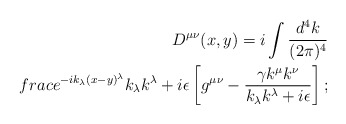
\begin{align*}D^{\mu\nu}(x,y) = i\int \frac{d^4k}{(2\pi)^4}\\frac{e^{-ik_\lambda(x-y)^\lambda}}{k_\lambda k^\lambda +i\epsilon}\left[g^{\mu\nu}-\frac{\gamma k^\mu k^\nu}{k_\lambda k^\lambda+ i\epsilon}\right];\end{align*}